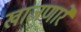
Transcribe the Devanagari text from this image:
खाजणारे